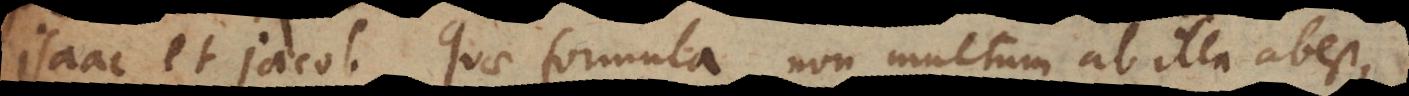
Isaac et Jacob. Quae formula non multum ab illa abest,